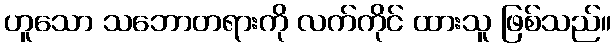
ဟူသော သဘောတရားကို လက်ကိုင် ထားသူ ဖြစ်သည်။